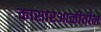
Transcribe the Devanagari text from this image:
कासारआळीतील